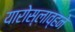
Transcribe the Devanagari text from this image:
यारोस्लाव्हने